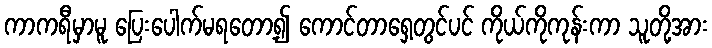
ကာကရီမှာမူ ပြေးပေါက်မရတော့၍ ကောင်တာရှေ့တွင်ပင် ကိုယ်ကိုကုန်းကာ သူတို့အား